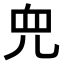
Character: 𫤘